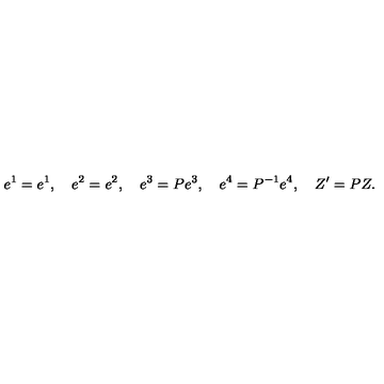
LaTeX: e ^ { 1 } = e ^ { 1 } , \quad e ^ { 2 } = e ^ { 2 } , \quad e ^ { 3 } = P e ^ { 3 } , \quad e ^ { 4 } = P ^ { - 1 } e ^ { 4 } , \quad Z ^ { \prime } = P Z .